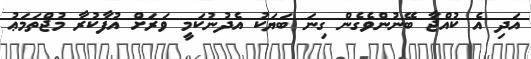
އަދި އެ ކުއްޖާ ބޭނުންވެގެން ގިނަ ބަޔަކު އެދުނުކަމީ ވަރަށް އުފާކުރާ މުޖްތަމަޢު